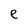
Character: e